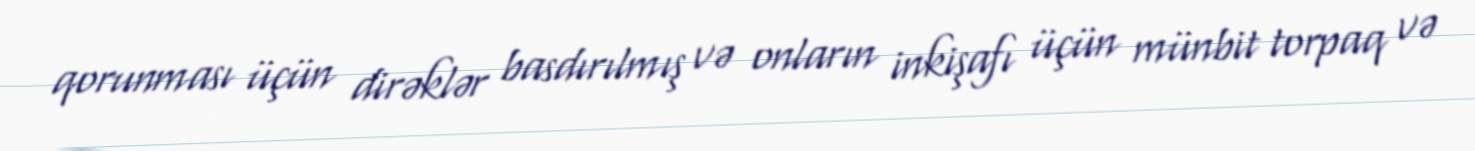
qorunması üçün dirəklər basdırılmış və onların inkişafı üçün münbit torpaq və